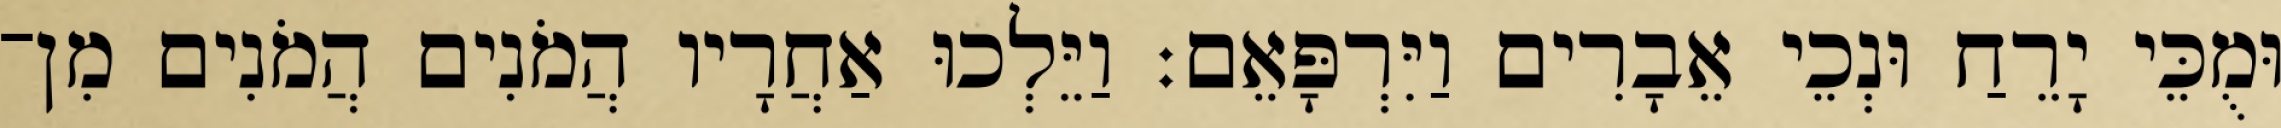
וּמֻכֵּי יָרֵחַ וּנְכֵי אֵבָרִים וַיִּרְפָּאֵם׃ וַיֵּלְכוּ אַחֲרָיו הֲמֹנִים הֲמֹנִים מִן־